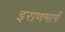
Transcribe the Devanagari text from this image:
इराणमार्गे